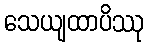
သေယျထာပိဿု